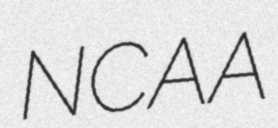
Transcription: NCAA